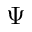
\Psi